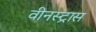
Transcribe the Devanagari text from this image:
वीनस्ट्रास